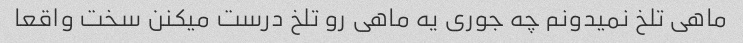
ماهی تلخ نمیدونم چه جوری یه ماهی رو تلخ درست میکنن سخت واقعا